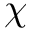
\boldsymbol \chi